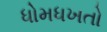
ધોમધખતો